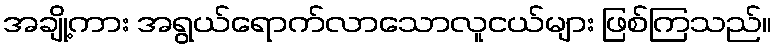
အချို့ကား အရွယ်ရောက်လာသောလူငယ်များ ဖြစ်ကြသည်။